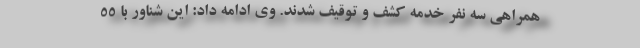
همراهی سه نفر خدمه کشف و توقیف شدند. وی ادامه داد: این شناور با 55